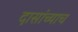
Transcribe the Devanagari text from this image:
दासांच्याच